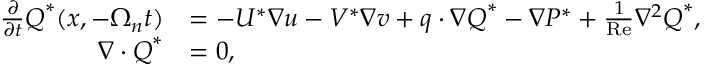
\begin{array} { r l } { \frac { \partial } { \partial t } \boldsymbol { Q } ^ { * } ( \boldsymbol { x } , - \Omega _ { n } t ) } & { = - U ^ { * } \nabla u - V ^ { * } \nabla v + \boldsymbol { q } \cdot \nabla \boldsymbol { Q } ^ { * } - \nabla P ^ { * } + \frac { 1 } { \mathrm { R e } } \nabla ^ { 2 } \boldsymbol { Q } ^ { * } , } \\ { \nabla \cdot \boldsymbol { Q } ^ { * } } & { = 0 , } \end{array}